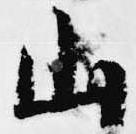
山